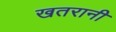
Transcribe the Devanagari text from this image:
खतरानी